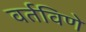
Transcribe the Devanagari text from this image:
वर्तविणे